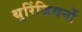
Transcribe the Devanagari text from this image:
थुरिंजियनों